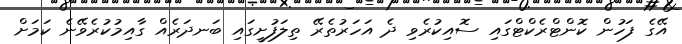
އޭގެ ފަހުން ކޮންޓްރެކްޓްގައި ސޮއިކުރެވި ދެ އަހަރުތެރޭ ތިލަފުށީގައި ބަނދަރެއް ގާއިމުކުރެވޭނެ ކަމަށް